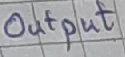
Text: Output